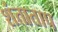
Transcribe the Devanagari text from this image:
शंताताप